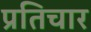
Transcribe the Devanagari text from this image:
प्रतिचार